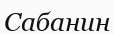
Сабанин